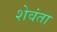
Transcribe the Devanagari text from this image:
शेवंता